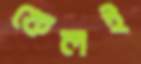
ফেলই